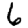
Digit: 6